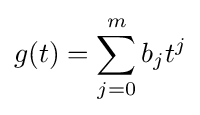
g(t)=\sum _{j=0}^{m}b_{j}t^{j}